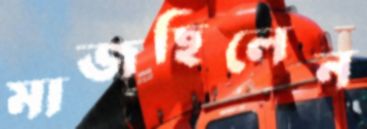
মাজছিলেন